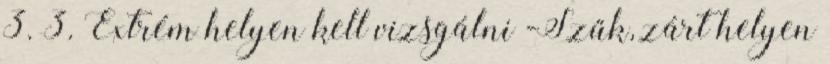
3. 3. Extrém helyen kell vizsgálni -Szűk, zárt helyen